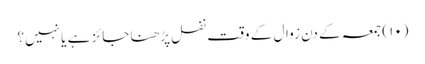
(۱۰) جمعہ کے دن زوال کے وقت نفل پڑھنا جائز ہے یا نہیں؟